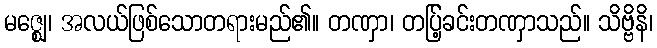
မဇ္ဈေ၊ အလယ်ဖြစ်သောတရားမည်၏။ တဏှာ၊ တပ်ြ့ခင်းတဏှာသည်။ သိဗ္ဗိနိ၊